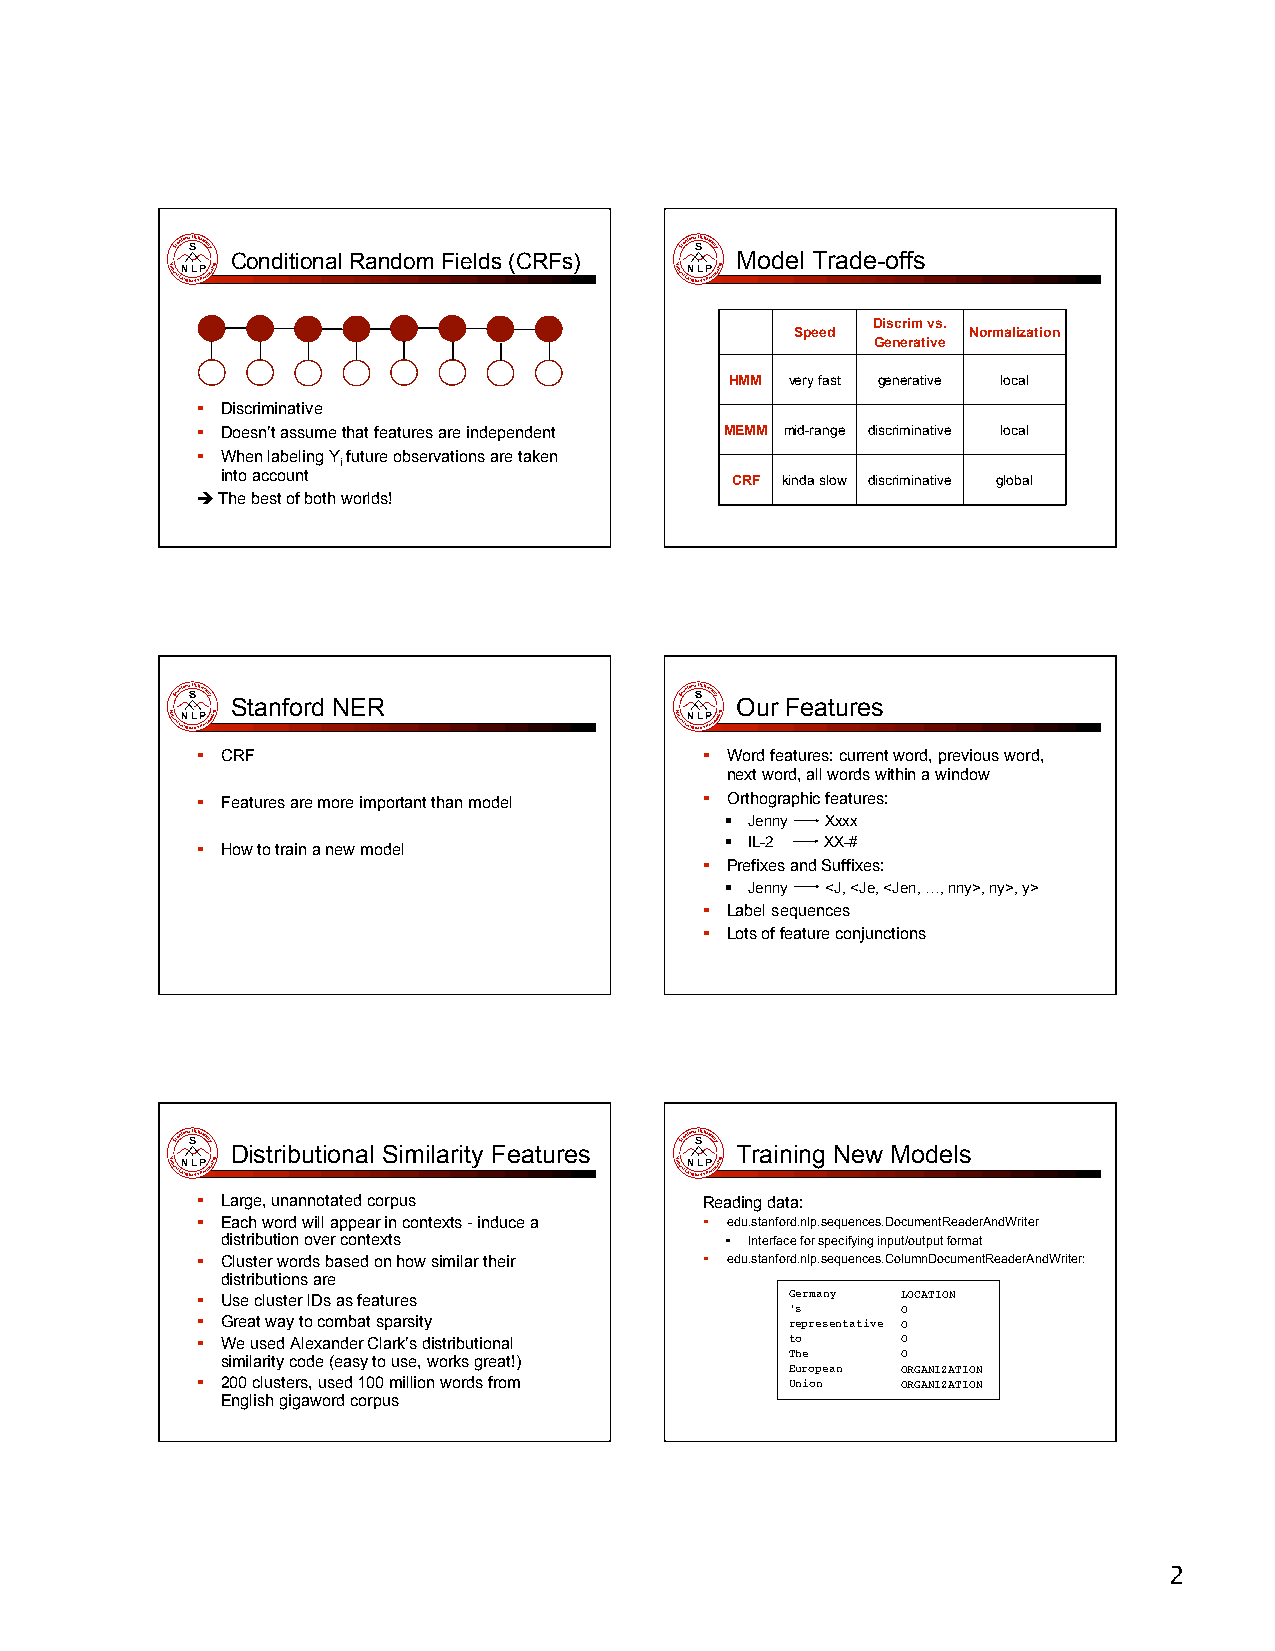
Conditional Random Fields (CRFs)  Model Trade-offs
 Discrim vs.
 Speed      Normalization
 Generative
 HMM very fast generative local
  Discriminative
  Doesn’t assume that features are independent MEMM mid-range discriminative local
  When labeling Y future observations are taken
 i
 into account
 CRF kinda slow discriminative global
  The best of both worlds!
 Stanford NER                      Our Features
  CRF                              Word features: current word, previous word,
 next word, all words within a window
  Features are more important than model  Orthographic features:
  Jenny Xxxx
  IL-2 XX-#
  How to train a new model
  Prefixes and Suffixes:
  Jenny <J, <Je, <Jen, …, nny>, ny>, y>
  Label sequences
  Lots of feature conjunctions
 Distributional Similarity Features Training New Models
  Large, unannotated corpus       Reading data:
  Each word will appear in contexts - induce a  edu.stanford.nlp.sequences.DocumentReaderAndWriter
 distribution over contexts        Interface for specifying input/output format
  Cluster words based on how similar their  edu.stanford.nlp.sequences.ColumnDocumentReaderAndWriter:
 distributions are
  Use cluster IDs as features          Germany LOCATION
 ’s      O
  Great way to combat sparsity         representative O
  We used Alexander Clark’s distributional to  O
 similarity code (easy to use, works great!) The O
 European ORGANIZATION
  200 clusters, used 100 million words from Union ORGANIZATION
 English gigaword corpus
 2